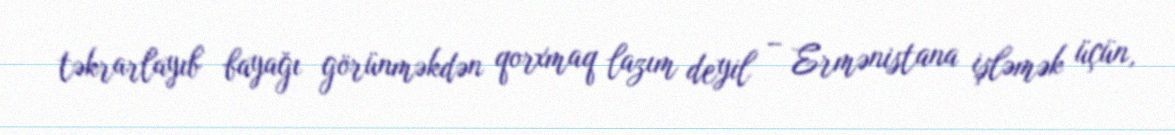
təkrarlayıb bayağı görünməkdən qorxmaq lazım deyil – Ermənistana işləmək üçün,